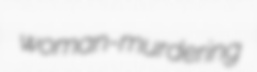
woman-murdering